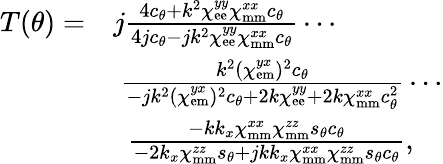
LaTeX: \begin{array}{rl}{T(\theta)=}&{j\frac{4c_{\theta}+k^{2}\chi_{\mathrm{ee}}^{yy}\chi_{\mathrm{mm}}^{xx}c_{\theta}}{4jc_{\theta}-jk^{2}\chi_{\mathrm{ee}}^{yy}\chi_{\mathrm{mm}}^{xx}c_{\theta}}\cdots}\\ &{\ \frac{k^{2}(\chi_{\mathrm{em}}^{yx})^{2}c_{\theta}}{-jk^{2}(\chi_{\mathrm{em}}^{yx})^{2}c_{\theta}+2k\chi_{\mathrm{ee}}^{yy}+2k\chi_{\mathrm{mm}}^{xx}c_{\theta}^{2}}\cdots}\\ &{\ \ \frac{-kk_{x}\chi_{\mathrm{mm}}^{xx}\chi_{\mathrm{mm}}^{zz}s_{\theta}c_{\theta}}{-2k_{x}\chi_{\mathrm{mm}}^{zz}s_{\theta}+jkk_{x}\chi_{\mathrm{mm}}^{xx}\chi_{\mathrm{mm}}^{zz}s_{\theta}c_{\theta}},}\end{array}